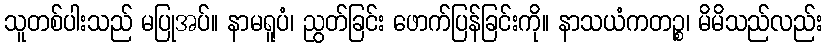
သူတစ်ပါးသည် မပြုအပ်။ နာမရူပံ၊ ညွတ်ခြင်း ဖောက်ပြန်ခြင်းကို။ နာသယံကတဉ္စ၊ မိမိသည်လည်း